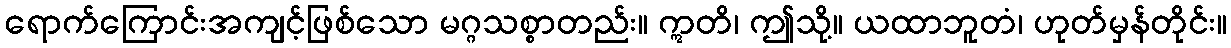
ရောက်ကြောင်းအကျင့်ဖြစ်သော မဂ္ဂသစ္စာတည်း။ ဣတိ၊ ဤသို့။ ယထာဘူတံ၊ ဟုတ်မှန်တိုင်း။